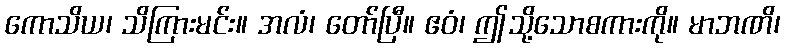
ကောသိယ၊ သိကြားမင်း။ အလံ၊ တော်ပြီ။ ဧဝံ၊ ဤသို့သောစကားကို။ မာဘဏိ၊